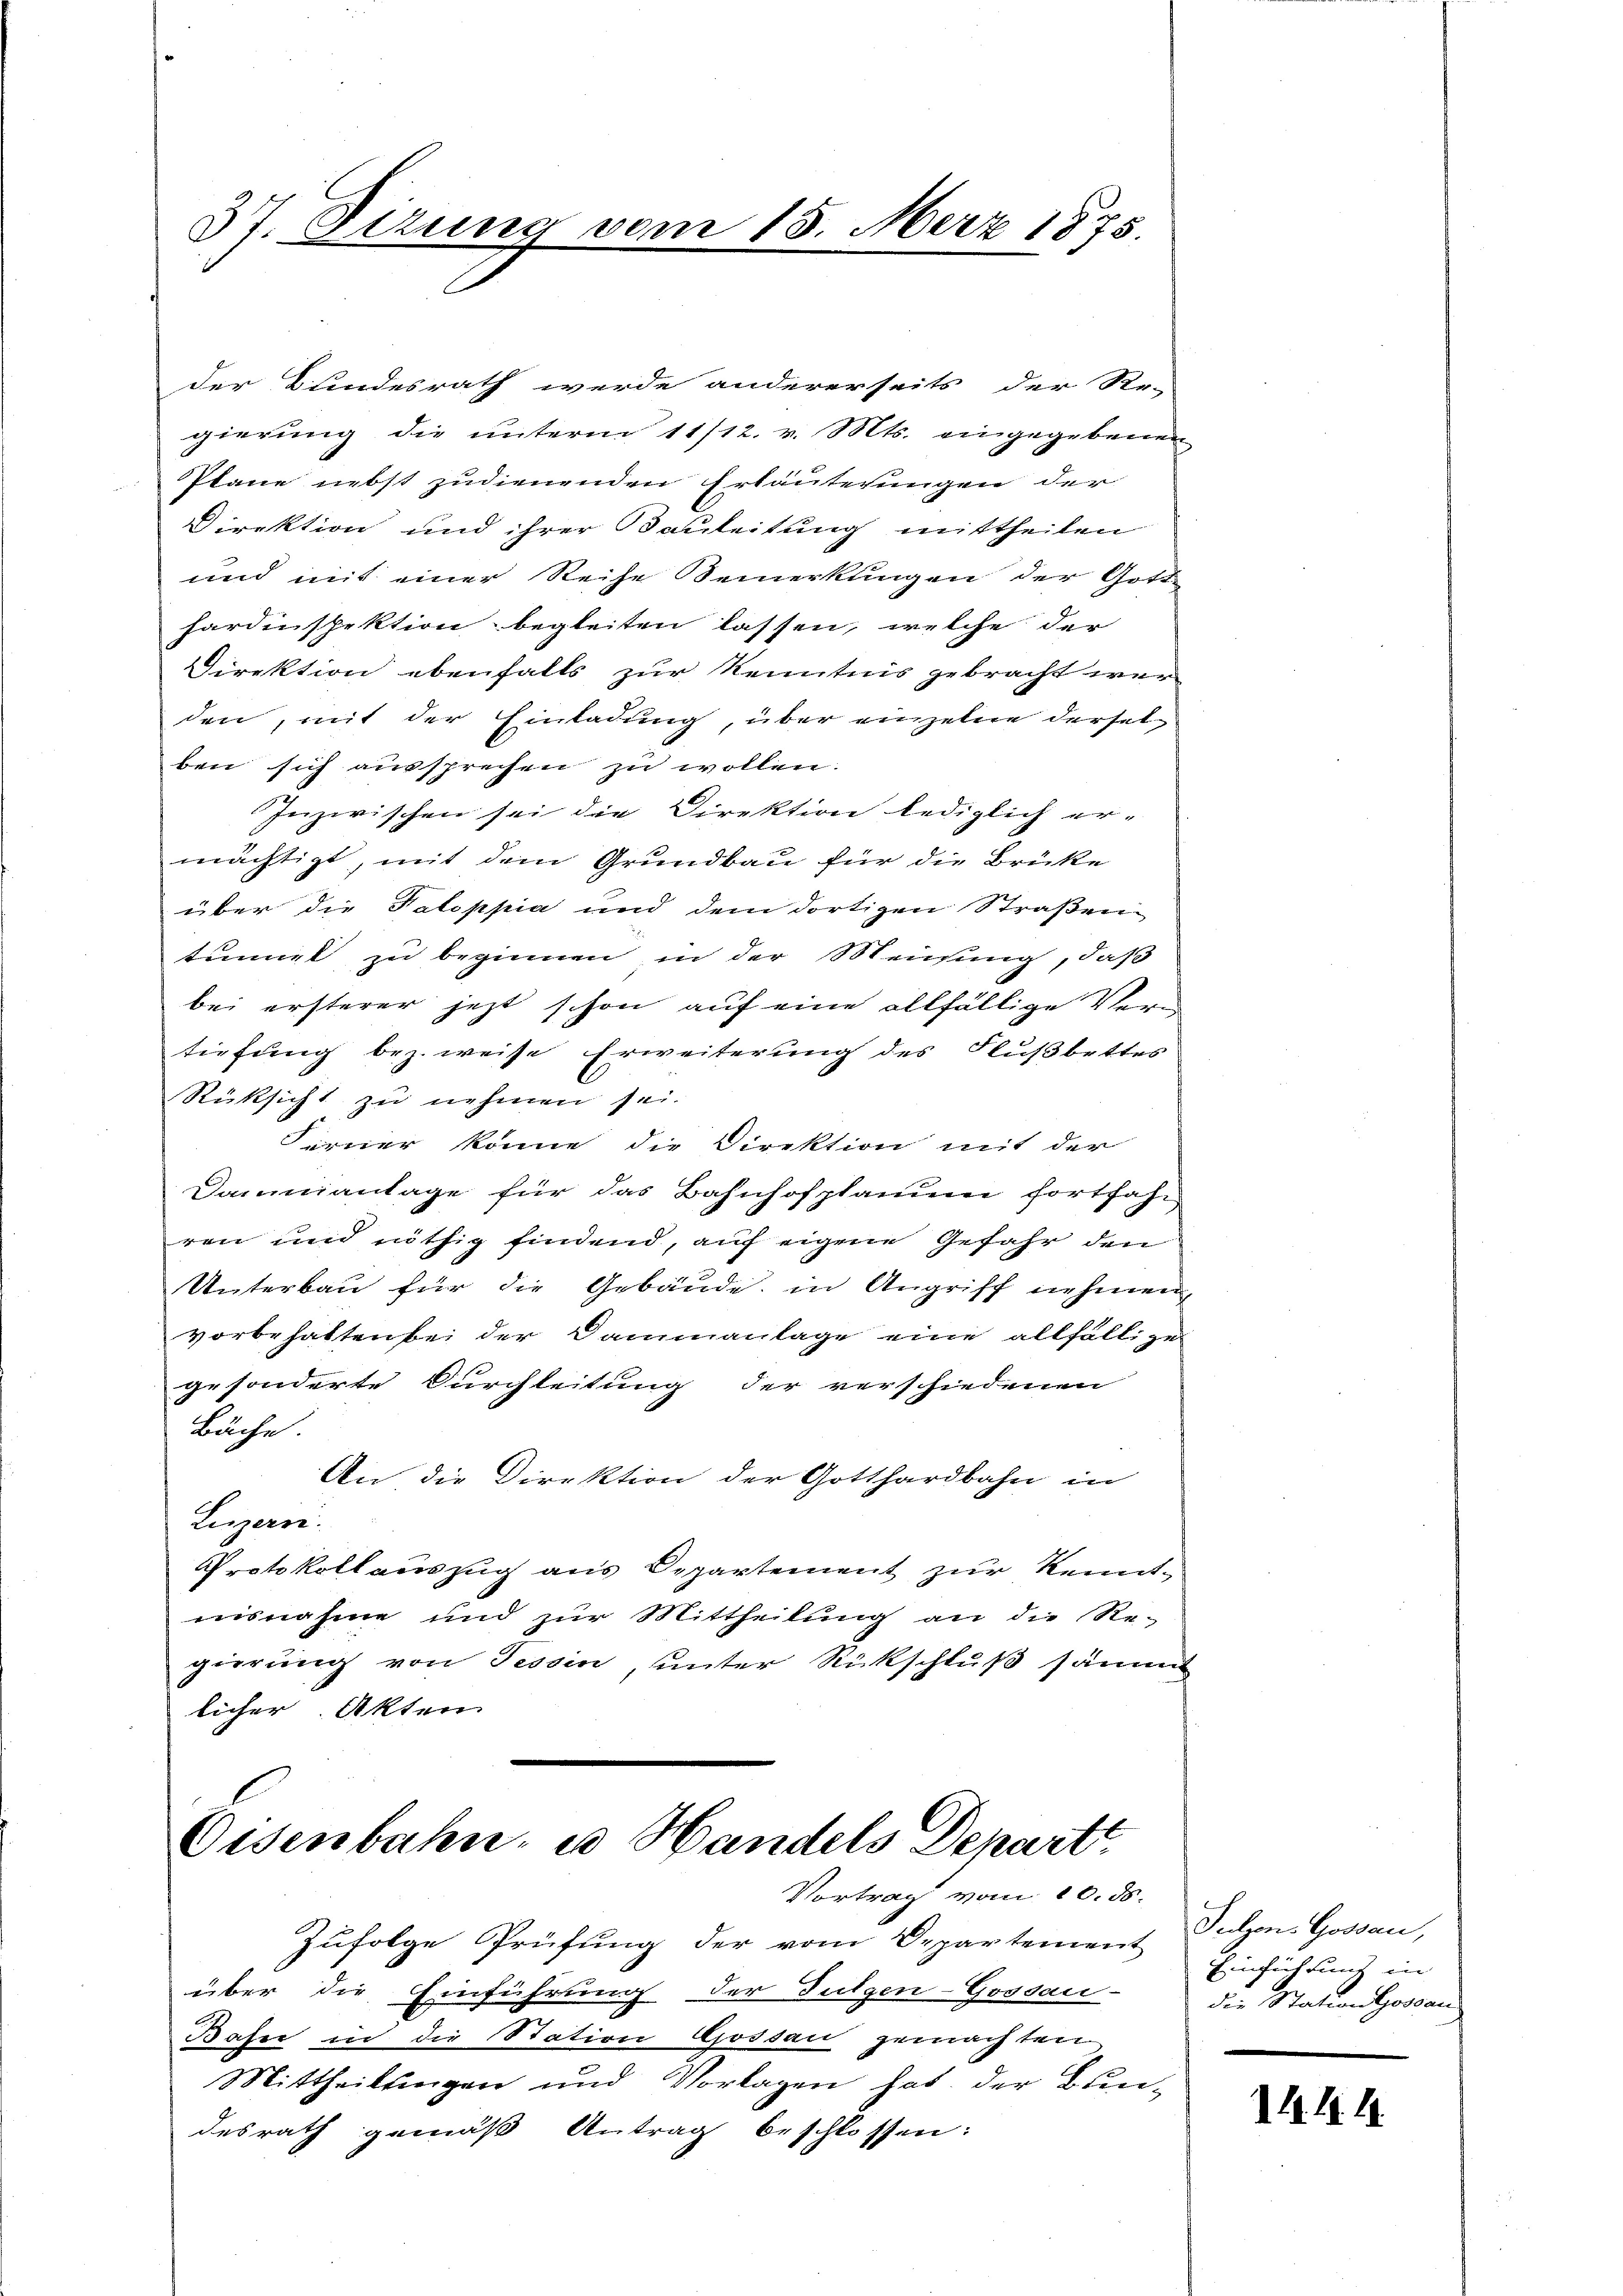
37. Dezung vom 15. März 1875.

der Bundesrath werde andererseits der Re-
gierung die unterm 11/12. v. Mts. eingegebenen
Plane nebst zudienenden Erläuterungen der
Direktion und ihrer Bauleitung mittheilen
und mit einer Reihe Semerkungen der Gott.
hardinspektion begleiten lassen, welche der
Direktion ebenfalls zur Kenntnis gebracht wer
den, mit der Einladung, über einzelne derselben sich aussprechen zu wollen.
Inzwischen sei die Direktion lediglich ermächtigt, mit dem Grundbau für die Brüke
über die Taloppia und dem dortigen Straßen
tinnet zu beginnen in der Meisung, daß
bei ersterer jetzt schon auf eine allfällige Verm
tiefung bez. weise Erweiterung des Flußbettes
Rüksicht zu nehmen sei.
Ferner könne, die Direktion mit der
Damiantage für das Bahnhofplanum fortfahr
ren und nöthig findend, auf eigene Gefahr den
Unterbau für die Gebäude, in Angriff nehmen,
vorbehaltenbei der Dammanlage eine allfällige
gesonderte Durchleitung der verschiedenen
Bäche.
An die Direktion der Gotthardbahn in
Luzern.
Protokoll auszug aus Departement zur Kenntisnahme und zur Mittheilung an die Re-
gierung von Tessin, unter Rückschluß sämmt
licher Akten

Eisenbahn u Handels Departe
Vortrag vom 10. ds.

Zufolge Prüfung der vom Departement
über die Einführung der Fulgen-Gossau-
Bafer in die Station Gossau gemachten
Mittheilungen und Vorlagen hat der Bun-
desrath gemäß Antrag beschlossen:

Sulzen Gossau,
Einführung in
die Station Gossau

IAlh